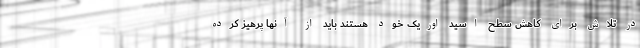
در تلاش برای کاهش سطح اسید اوریک خود هستند باید از آنها پرهیز کرده